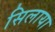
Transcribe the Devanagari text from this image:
सिलाया